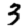
Digit: 3